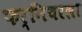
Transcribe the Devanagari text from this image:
फर्निचरला